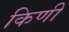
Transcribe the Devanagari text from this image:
किणी